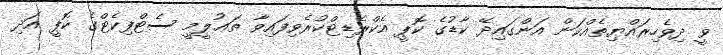
ވީ ދިވެހިރައްޔިތެއްކަން އަންގައިދޭ ކާޑުގެ ކޮޕީ އެކްރެޑިޓްކުރެވިފައިވާ ތަޢުލީމީ ސެޓްފިކެޓްގެ ކޮޕީ އަދި